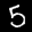
Digit: 5